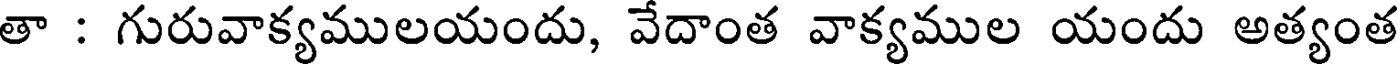
తా : గురువాక్యములయందు, వేదాంత వాక్యముల యందు అత్యంత